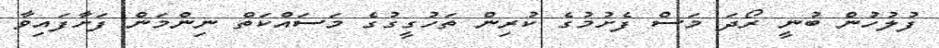
ފުލުހުން ބުނީ ރޯދަ މަސް ފެށުމުގެ ކުރިން ތަހުގީގުގެ މަސައްކަތް ނިންމަން ފަށާފައިވާ